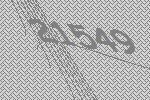
21549